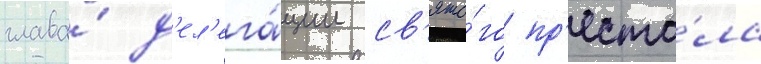
глава́ д'ел'ега́ции св'ято́го пр'есто́ла